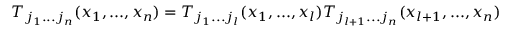
T _ { j _ { 1 } . . . j _ { n } } ( x _ { 1 } , . . . , x _ { n } ) = T _ { j _ { 1 } . . . j _ { l } } ( x _ { 1 } , . . . , x _ { l } ) T _ { j _ { l + 1 } . . . j _ { n } } ( x _ { l + 1 } , . . . , x _ { n } )